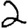
Digit: 2